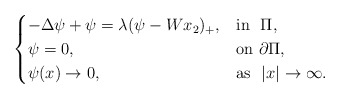
\begin{align*}\begin{cases}-\Delta \psi +\psi =\lambda (\psi -Wx_2)_+, &\mathrm{in}\ \ \Pi ,\\\psi =0,&\mathrm{on} \ \partial \Pi ,\\\psi(x) \rightarrow 0,&\mathrm{as}\ \ |x|\rightarrow \infty .\\\end{cases}\end{align*}